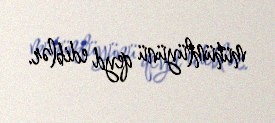
mühümlüyünü qeyd ediblər.